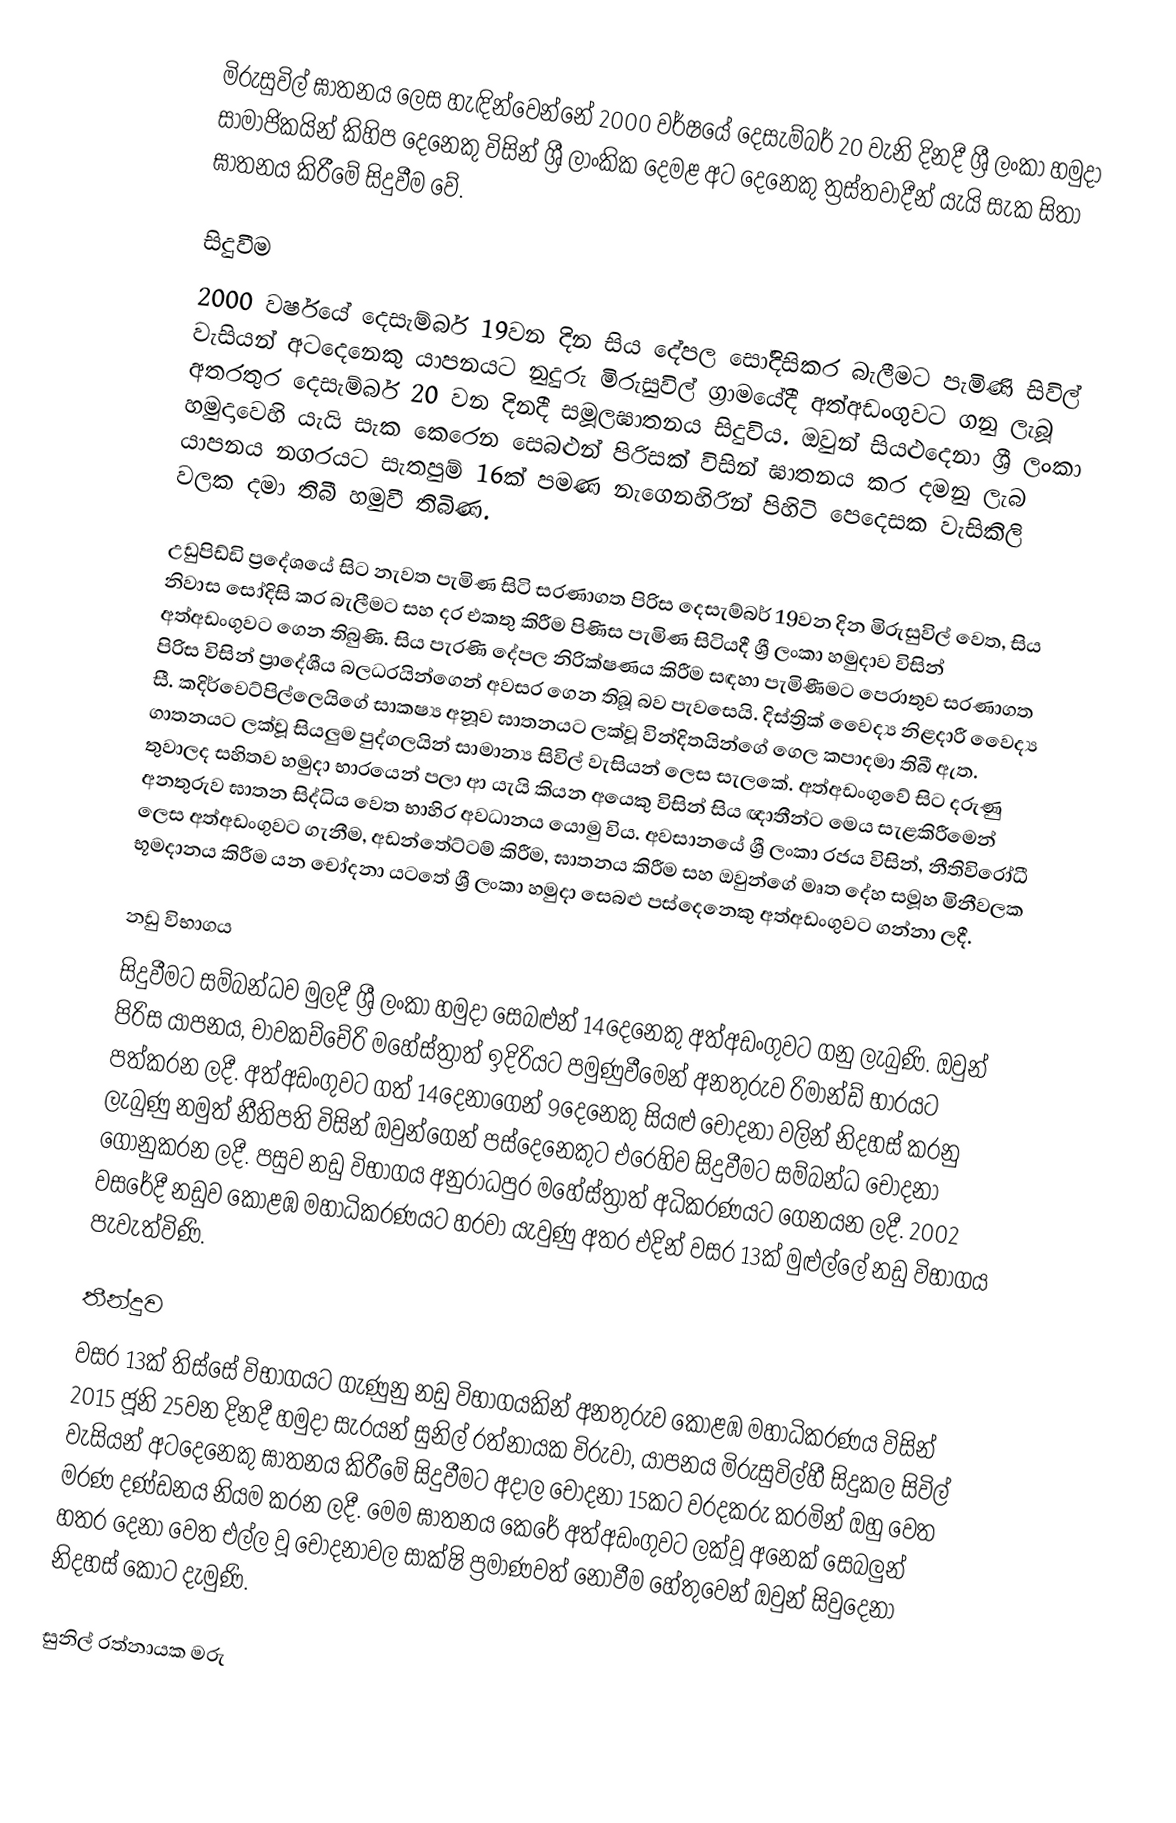
මිරුසුවිල් ඝාතනය  ලෙස හැඳින්වෙන්නේ 2000 වර්ෂයේ දෙසැම්බර් 20 වැනි දිනදී  ශ්‍රී ලංකා හමුදා සාමාජිකයින් කිහිප දෙනෙකු විසින් ශ්‍රී ලාංකික දෙමළ  අට දෙනෙකු ත්‍රස්තවාදීන් යැයි සැක සිතා  ඝාතනය කිරීමේ සිදුවීම වේ.

සිදුවීම
2000 වර්ෂයේ දෙසැම්බර් 19වන දින සිය දේපල සෝදිසිකර බැලීමට පැමිණි සිවිල් වැසියන් අටදෙනෙකු යාපනයට නුදුරු මිරුසුවිල් ග්‍රාමයේදී අත්අඩංගුවට ගනු ලැබූ අතරතුර දෙසැම්බර් 20 වන දිනදී සමූලඝාතනය සිදුවිය. ඔවුන් සියළුදෙනා ශ්‍රී ලංකා හමුදාවෙහි යැයි සැක කෙරෙන සෙබළුන් පිරිසක් විසින් ඝාතනය කර දමනු ලැබ යාපනය නගරයට සැතපුම් 16ක් පමණ නැගෙනහිරින් පිහිටි පෙදෙසක වැසිකිලි වලක දමා තිබී හමුවී තිබිණ.

උඩුපිඩ්ඩි ප්‍රදේශයේ සිට නැවත පැමිණ සිටි සරණාගත පිරිස දෙසැම්බර් 19වන දින මිරුසුවිල් වෙත, සිය නිවාස සෝදිසි කර බැලීමට සහ දර එකතු කිරීම පිණිස පැමිණ සිටියදී ශ්‍රී ලංකා හමුදාව විසින් අත්අඩංගුවට ගෙන තිබුණි. සිය පැරණි දේපල නිරික්ෂණය කිරීම සඳහා පැමිණීමට පෙරාතුව සරණාගත පිරිස විසින් ප්‍රාදේශීය බලධරයින්ගෙන් අවසර ගෙන තිබූ බව පැවසෙයි. දිස්ත්‍රික් වෙෙද්‍ය නිළදාරී වෙෙද්‍ය සී. කදිර්වෙට්පිල්ලෙයිගේ සාකෂ්‍ය අනූව ඝාතනයට ලක්වූ වින්දිතයින්ගේ ගෙල කපාදමා තිබී ඇත. ගාතනයට ලක්වූ සියලුම පුද්ගලයින් සාමාන්‍ය සිවිල් වැසියන් ලෙස සැලකේ. අත්අඩංගුවේ සිට දරුණු තුවාලද සහිතව හමුදා භාරයෙන් පලා ආ යැයි කියන අයෙකු විසින් සිය ඥාතීන්ට මෙය සැළකිරීමෙන් අනතුරුව ඝාතන සිද්ධිය වෙත භාහිර අවධානය යොමු විය. අවසානයේ ශ්‍රී ලංකා රජය විසින්, නීතිවිරෝධී ලෙස අත්අඩංගුවට ගැනීම, අඩන්තේට්ටම් කිරීම, ඝාතනය කිරීම සහ ඔවුන්ගේ මෘත දේහ සමූහ මිනීවලක භූමදානය කිරීම යන චෝදනා යටතේ ශ්‍රී ලංකා හමුදා සෙබළු පස්දෙනෙකු අත්අඩංගුවට ගන්නා ලදී.

නඩු විභාගය
සිදුවීමට සම්බන්ධව මුලදී ශ්‍රී ලංකා හමුදා සෙබළුන් 14දෙනෙකු අත්අඩංගුවට ගනු ලැබුණි. ඔවුන් පිරිස යාපනය, චාවකච්චේරි මහේස්ත්‍රාත් ඉදිරියට පමුණුවීමෙන් අනතුරුව රිමාන්ඩ් භාරයට පත්කරන ලදී. අත්අඩංගුවට ගත් 14දෙනාගෙන් 9දෙනෙකු සියළු චෝදනා වලින් නිදහස් කරනු ලැබුණු නමුත් නීතිපති විසින් ඔවුන්ගෙන් පස්දෙනෙකුට එරෙහිව සිදුවීමට සම්බන්ධ චෝදනා ගොනුකරන ලදී. පසුව නඩු විභාගය අනුරාධපුර මහේස්ත්‍රාත් අධිකරණයට ගෙනයන ලදී. 2002 වසරේදී නඩුව කොළඹ මහාධිකරණයට හරවා යැවුණු අතර එදින් වසර 13ක් මුළුල්ලේ නඩු විභාගය පැවැත්විණි.

තීන්දුව
වසර 13ක් තිස්සේ විභාගයට ගැණුනු නඩු විභාගයකින් අනතුරුව කොළඹ මහාධිකරණය විසින් 2015 ජූනි 25වන දිනදී හමුදා සැරයන් සුනිල් රත්නායක විරුවා, යාපනය මිරුසුවිල්හී සිදුකල සිවිල් වැසියන් අටදෙනෙකු ඝාතනය කිරීමේ සිදුවීමට අදාල චෝදනා 15කට වරදකරු කරමින් ඔහු වෙත මරණ දණ්ඩනය නියම කරන ලදී. මෙම ඝාතනය කෙරේ අත්අඩංගුවට ලක්වූ අනෙක් සෙබලුන් හතර දෙනා වෙත එල්ල වූ චෝදනාවල සාක්ෂි ප්‍රමාණවත් නොවීම හේතුවෙන් ඔවුන් සිවුදෙනා නිදහස් කොට දැමුණි.

සුනිල් රත්නායක මරු